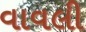
વાવલી